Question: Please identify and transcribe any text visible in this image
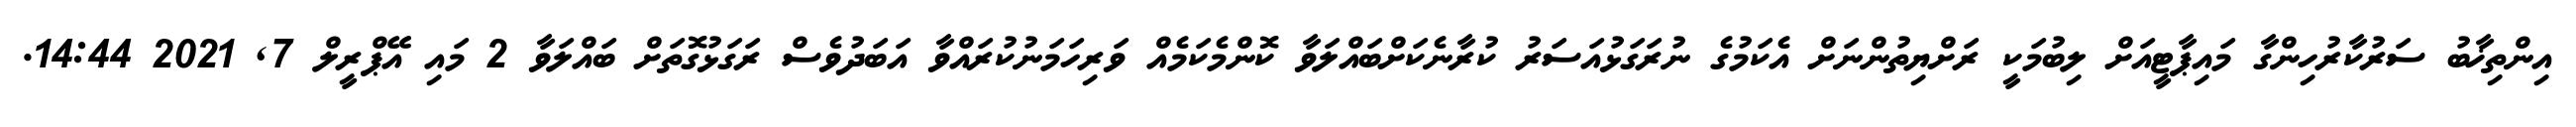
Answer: އިންތިޚާބު ސަރުކާރުހިންގާ މައިޕާޓީއަށް ލިބުމަކީ ރަށްޔިތުންނަށް އެކަމުގެ ނުރަގަޅުއަސަރު ކުރާނެކަށްބައްލަވާ ކޮންމެކަމެއް ވަރިހަމަނުކުރައްވާ އަބަދުވެސް ރަގަޅުގޮތަށް ބައްލަވާ 2 މައި އޭޕްރީލް 7, 2021 14:44.